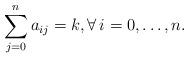
LaTeX: \begin{align*}\sum_{j=0}^na_{ij} = k, \forall\, i=0,\dotsc, n.\end{align*}